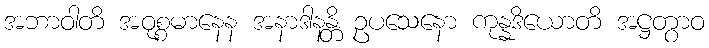
အဘာဝါတိ အဝုစ္စမာနေန အနာဒါနန္တိ ဥပသေနော ကုန္နဒိယောတိ အဋ္ဌတွာဝ